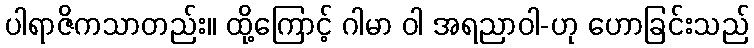
ပါရာဇိကသာတည်း။ ထို့ကြောင့် ဂါမာ ဝါ အရညာဝါ-ဟု ဟောခြင်းသည်